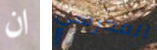
ان المدرسي